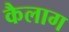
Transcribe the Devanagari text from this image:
कैलाग